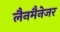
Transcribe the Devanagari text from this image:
लैनमैनेजर